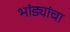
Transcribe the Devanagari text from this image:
भांड्यांचा